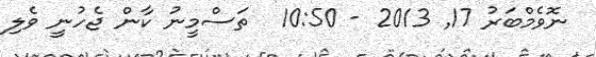
ނޮވެމްބަރު 17